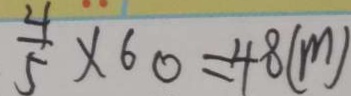
\frac { 4 } { 5 } \times 6 0 = 4 8 ( m )